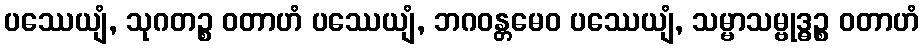
ပဿေယျံ, သုဂတဉ္စ ဝတာဟံ ပဿေယျံ, ဘဂဝန္တမေဝ ပဿေယျံ, သမ္မာသမ္ဗုဒ္ဓဉ္စ ဝတာဟံ